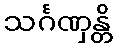
သင်္ဂဏှန္တိ